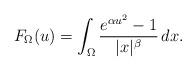
LaTeX: \begin{align*} F_{\Omega}(u)=\int_{\Omega}\frac{e^{\alpha u^2}-1}{|x|^{\beta}}\,dx.\end{align*}